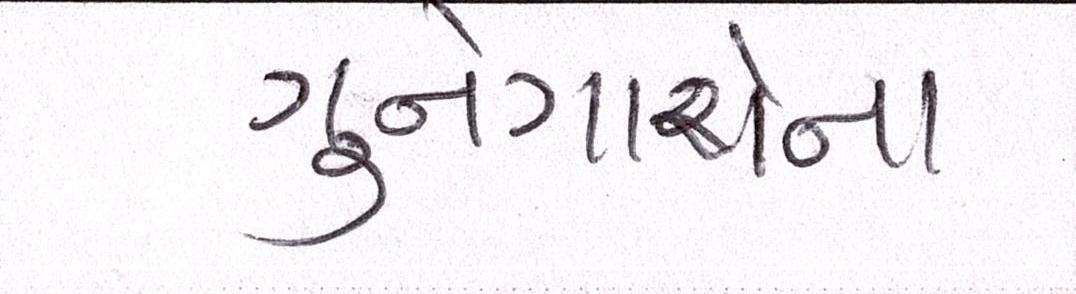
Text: ગુનેગારોના